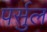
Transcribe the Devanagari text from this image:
पर्सुल